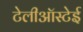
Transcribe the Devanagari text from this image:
टेलीऑस्टेई